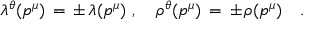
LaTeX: \lambda ^ { \theta } ( p ^ { \mu } ) \, = \, \pm \, \lambda ( p ^ { \mu } ) \, \, , \quad \rho ^ { \theta } ( p ^ { \mu } ) \, = \, \pm \, \rho ( p ^ { \mu } ) \quad .